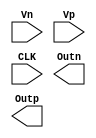
// SPDX-FileCopyrightText: 2020 Efabless Corporation
//
// Licensed under the Apache License, Version 2.0 (the "License");
// you may not use this file except in compliance with the License.
// You may obtain a copy of the License at
//
//      http://www.apache.org/licenses/LICENSE-2.0
//
// Unless required by applicable law or agreed to in writing, software
// distributed under the License is distributed on an "AS IS" BASIS,
// WITHOUT WARRANTIES OR CONDITIONS OF ANY KIND, either express or implied.
// See the License for the specific language governing permissions and
// limitations under the License.
// SPDX-License-Identifier: Apache-2.0

`default_nettype none
`timescale 1 ns / 1 ps

// This is just a copy of simple_por.v from the Caravel project, used
// as an analog user project example.

module comparator(
`ifdef USE_POWER_PINS
    inout VDD,
    inout GND,
`endif
    input Vn,
    input Vp,
    input CLK,
 
    output Outn,
    output Outp
);

    
endmodule
`default_nettype wire